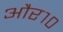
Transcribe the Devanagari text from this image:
और१०